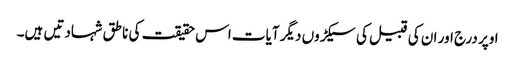
اوپر درج اور ان کی قبیل کی سیکڑوں دیگر آیات اس حقیقت کی ناطق شہادتیں ہیں۔